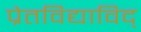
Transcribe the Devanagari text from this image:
प्रेतविद्याविद्